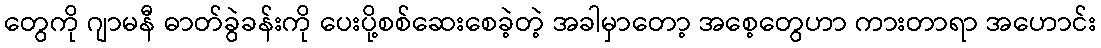
တွေကို ဂျာမနီ ဓာတ်ခွဲခန်းကို ပေးပို့စစ်ဆေးစေခဲ့တဲ့ အခါမှာတော့ အစေ့တွေဟာ ကားတာရာ အဟောင်း